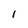
Character: 1